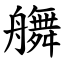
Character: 䒉